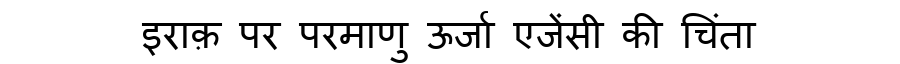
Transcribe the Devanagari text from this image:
इराक़ पर परमाणु ऊर्जा एजेंसी की चिंता